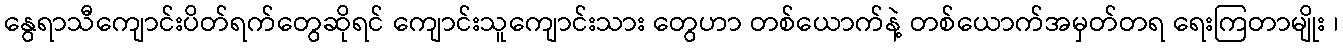
နွေရာသီကျောင်းပိတ်ရက်တွေဆိုရင် ကျောင်းသူကျောင်းသား တွေဟာ တစ်ယောက်နဲ့ တစ်ယောက်အမှတ်တရ ရေးကြတာမျိုး ၊